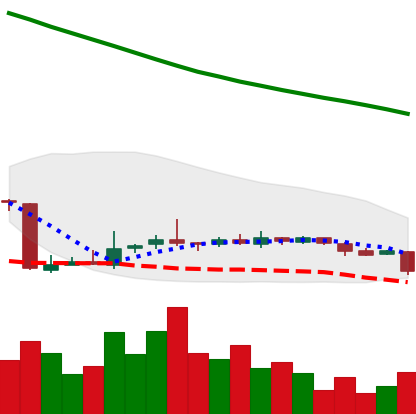
Ticker: NEO-USD
Chart end date: 2018-10-29
Forward return: 3.771%
Label: up_3_5